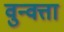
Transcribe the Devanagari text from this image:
वुन्वत्ता